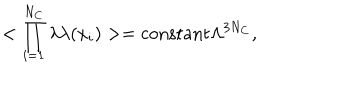
< \prod _ { i = 1 } ^ { N _ { C } } \lambda \lambda ( x _ { i } ) > = \mathrm { c o n s t a n t } \Lambda ^ { 3 N _ { C } } ,